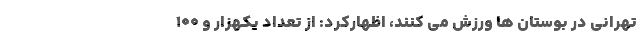
تهرانی در بوستان ها ورزش می کنند، اظهارکرد: از تعداد یکهزار و ۱۰۰